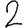
Digit: 2